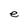
Character: e